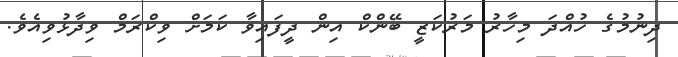
ދިނުމުގެ ހުއްދަ މިހާރު މަރުކަޒީ ބޭންކް އިން ދީފައިވާ ކަމަށް ވިކްރަމް ވިދާޅުވިއެވެ.